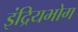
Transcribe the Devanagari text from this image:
इंद्रियभोग